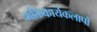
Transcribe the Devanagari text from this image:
भक्तिकार्यकलापों